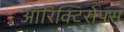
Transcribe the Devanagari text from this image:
ऑरिक्टिरोपस